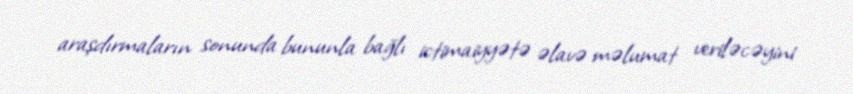
araşdırmaların sonunda bununla bağlı ictimaiyyətə əlavə məlumat veriləcəyini